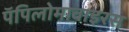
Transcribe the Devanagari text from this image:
पॅपिलोमावाइरस